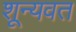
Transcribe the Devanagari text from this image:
शून्यवत